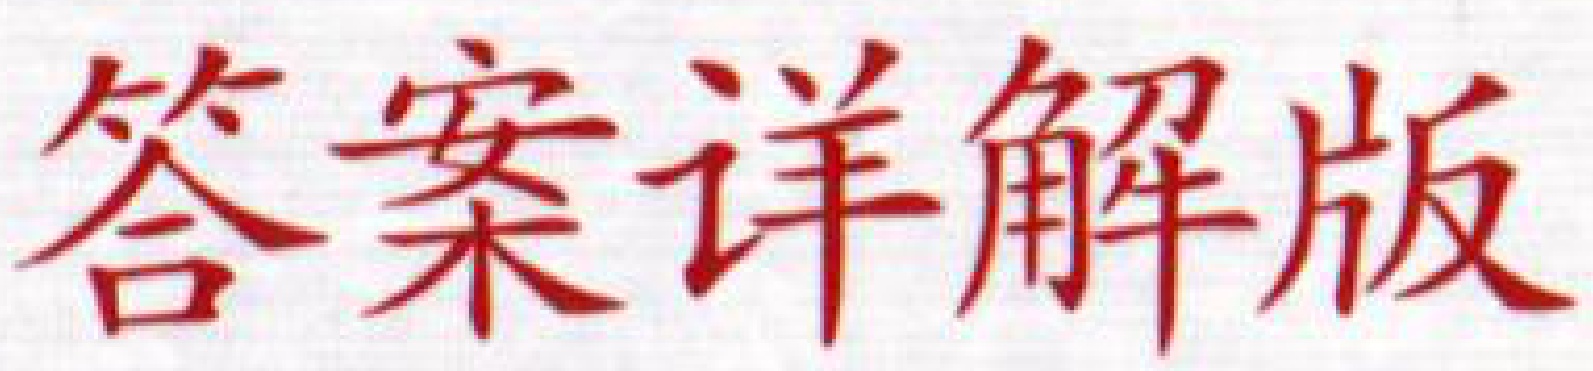
答案详解版